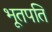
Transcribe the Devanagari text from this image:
भूतपति